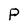
Character: P